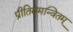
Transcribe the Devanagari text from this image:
प्रीतिसमन्वितम्